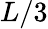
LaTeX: L/3